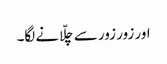
اور زور زور سے چلّانے لگا۔